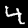
Label: 4